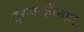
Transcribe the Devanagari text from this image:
इरुवाज़ीनाड